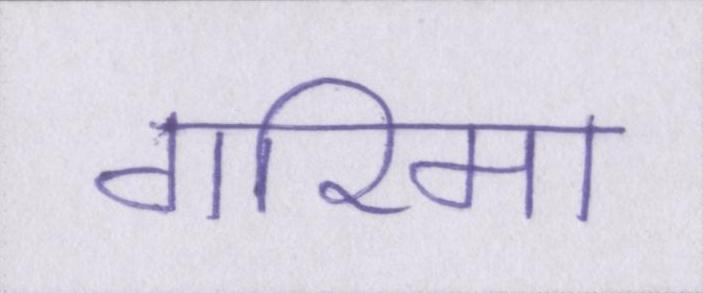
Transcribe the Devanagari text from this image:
गरिमा